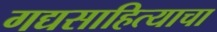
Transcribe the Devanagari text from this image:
गद्यसाहित्याचा